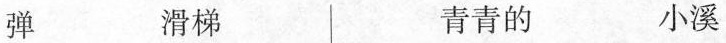
弹 滑梯 青青的 小溪